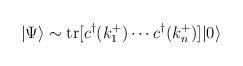
LaTeX: \begin{align*} |\Psi\rangle \sim \mbox{tr}[c^{\dagger}(k^+_1) \cdots c^{\dagger}(k_n^+)]|0\rangle\end{align*}